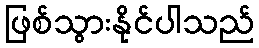
ဖြစ်သွားနိုင်ပါသည်